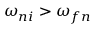
\omega _ { n i } > \omega _ { f n }